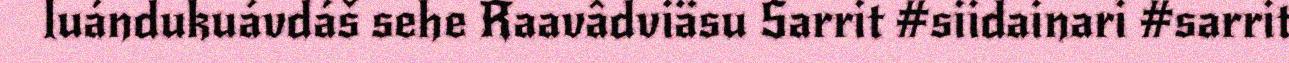
luándukuávdáš sehe Raavâdviäsu Sarrit #siidainari #sarrit